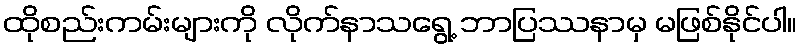
ထိုစည်းကမ်းများကို လိုက်နာသရွေ့ ဘာပြဿနာမှ မဖြစ်နိုင်ပါ။